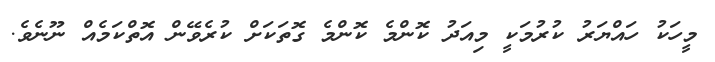
މީހަކު ހައްޔަރު ކުރުމަކީ މިއަދު ކޮންމެ ކޮންމެ ގޮތަކަށް ކުރެވޭން އޮތްކަމެއް ނޫނެވެ.